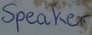
Text: speaker